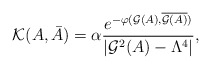
\begin{align*}{\cal K}(A,\bar A)=\alpha{e^{-\varphi({\cal G}(A),\overline{{\cal G}(A)})}\over |{\cal G}^2(A) - \Lambda^4|}, \end{align*}